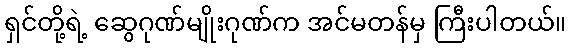
ရှင်တို့ရဲ့ ဆွေဂုဏ်မျိုးဂုဏ်က အင်မတန်မှ ကြီးပါတယ်။